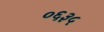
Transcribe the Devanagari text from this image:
०६३५